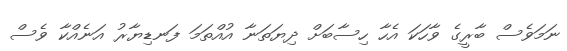
ނަމަވެސް ބާރީގެ ވާހަކަ އެހާ ހިސާބަށް ދިޔަތަނާ އުއްތަމަ ފަނޑިޔާރު އަނެއްކާ ވެސް